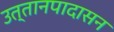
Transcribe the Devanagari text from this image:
उत्तानपादासन